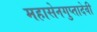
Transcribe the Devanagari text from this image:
महासेनगुप्तादेवी